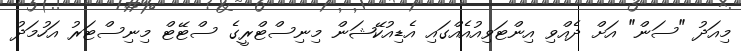
މިއަދު "ސަން" އަށް ދެއްވި އިންޓަވިއުއެއްގައި އެޑިއުކޭޝަން މިނިސްޓްރީގެ ސްޓޭޓް މިނިސްޓަރު އަހުމަދު